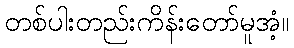
တစ်ပါးတည်းကိန်းတော်မူအံ့။